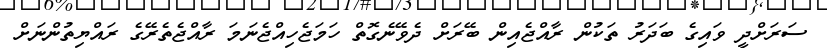
ސަރަށްދީ ވައިގެ ބަދަރު ތަކުން ރާއްޖެއިން ބޭރަށް ދެވޭނެގޮތް ހަމަޖެހިއްޖެނަމަ ރާއްޖެތެރޭގެ ރައްޔިތުންނަށް